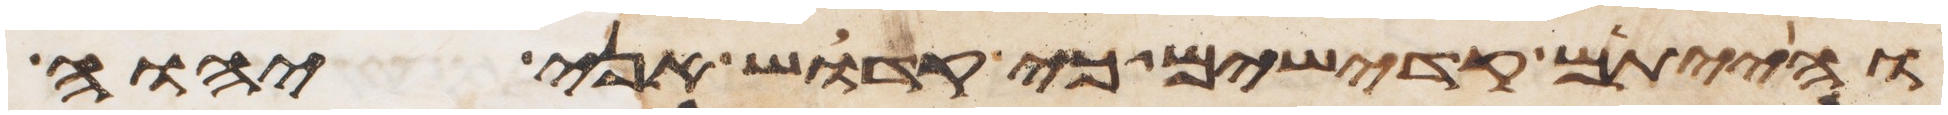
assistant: והייתם קדישים כי קדוש אני יהוה